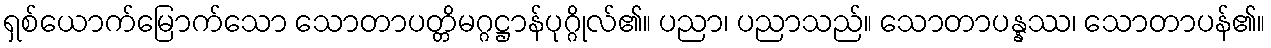
ရှစ်ယောက်မြောက်သော သောတာပတ္တိမဂ္ဂဋ္ဌာန်ပုဂ္ဂိုလ်၏။ ပညာ၊ ပညာသည်။ သောတာပန္နဿ၊ သောတာပန်၏။